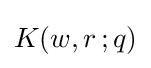
K(w,r\,;q)